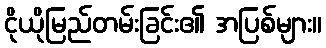
ငိုယိုမြည်တမ်းခြင်း၏ အပြစ်များ။